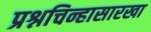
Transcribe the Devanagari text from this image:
प्रश्नचिन्हासारखा